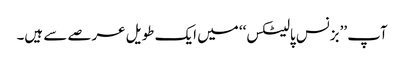
آپ ’’بزنس پالیٹکس‘‘ میں ایک طویل عرصے سے ہیں۔